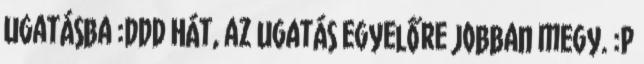
ugatásba :DDD Hát, az ugatás egyelőre jobban megy. :P